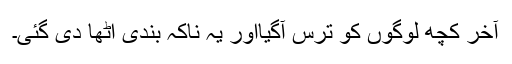
آخر کچھ لوگوں کو ترس آگیااور یہ ناکہ بندی اٹھا دی گئی۔